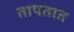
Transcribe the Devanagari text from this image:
तापतात